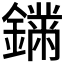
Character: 𨬚